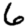
Digit: 6